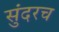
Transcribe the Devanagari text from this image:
सुंदरच